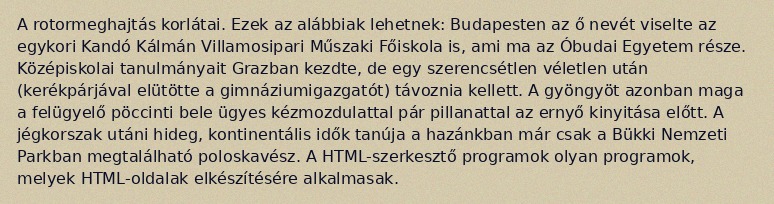
A rotormeghajtás korlátai. Ezek az alábbiak lehetnek: Budapesten az ő nevét viselte az egykori Kandó Kálmán Villamosipari Műszaki Főiskola is, ami ma az Óbudai Egyetem része. Középiskolai tanulmányait Grazban kezdte, de egy szerencsétlen véletlen után (kerékpárjával elütötte a gimnáziumigazgatót) távoznia kellett. A gyöngyöt azonban maga a felügyelő pöccinti bele ügyes kézmozdulattal pár pillanattal az ernyő kinyitása előtt. A jégkorszak utáni hideg, kontinentális idők tanúja a hazánkban már csak a Bükki Nemzeti Parkban megtalálható poloskavész. A HTML-szerkesztő programok olyan programok, melyek HTML-oldalak elkészítésére alkalmasak.